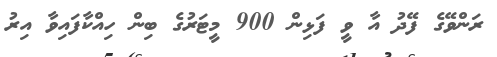
ރަންވޭގެ ފޭދު އާ ވީ ފަޅިން 900 މީޓަރުގެ ބިން ހިއްކާފައިވާ އިރު